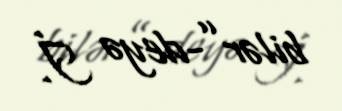
bilər”-deyə İ.